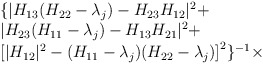
\begin{align*}\begin{array}{l}\{ |H_{13}(H_{22}-\lambda_{j})-H_{23}H_{12}|^{2}+\\|H_{23}(H_{11}-\lambda_{j})-H_{13}H_{21}|^{2}+\\\left[|H_{12}|^{2}-(H_{11}-\lambda_{j})(H_{22}-\lambda_{j})\right]^{2}\}^{-1}\times\end{array}\end{align*}